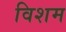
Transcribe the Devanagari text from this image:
विशम